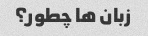
زبان ها چطور؟